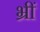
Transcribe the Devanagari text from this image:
भ्रीं